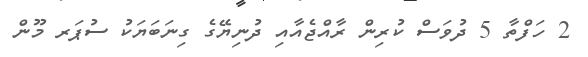
2 ހަފްތާ 5 ދުވަސް ކުރިން ރާއްޖެއާއި ދުނިޔޭގެ ގިނަބަޔަކު ސުޕަރ މޫން